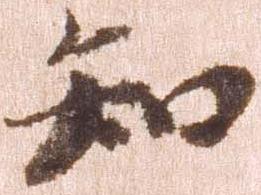
知